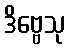
ဒိဗ္ဗေသု